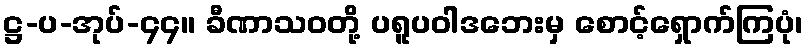
ဋ္ဌ-ပ-အုပ်-၄၄။ ခီဏာသဝတို့ ပရူပဝါဒဘေးမှ စောင့်ရှောက်ကြပုံ၊